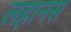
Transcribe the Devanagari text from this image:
लहानस